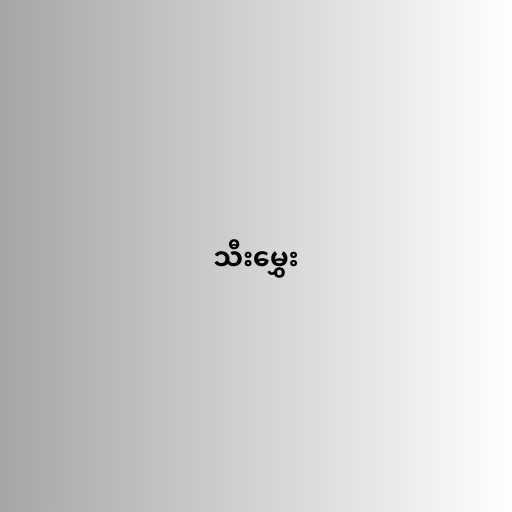
သီးမွှေး